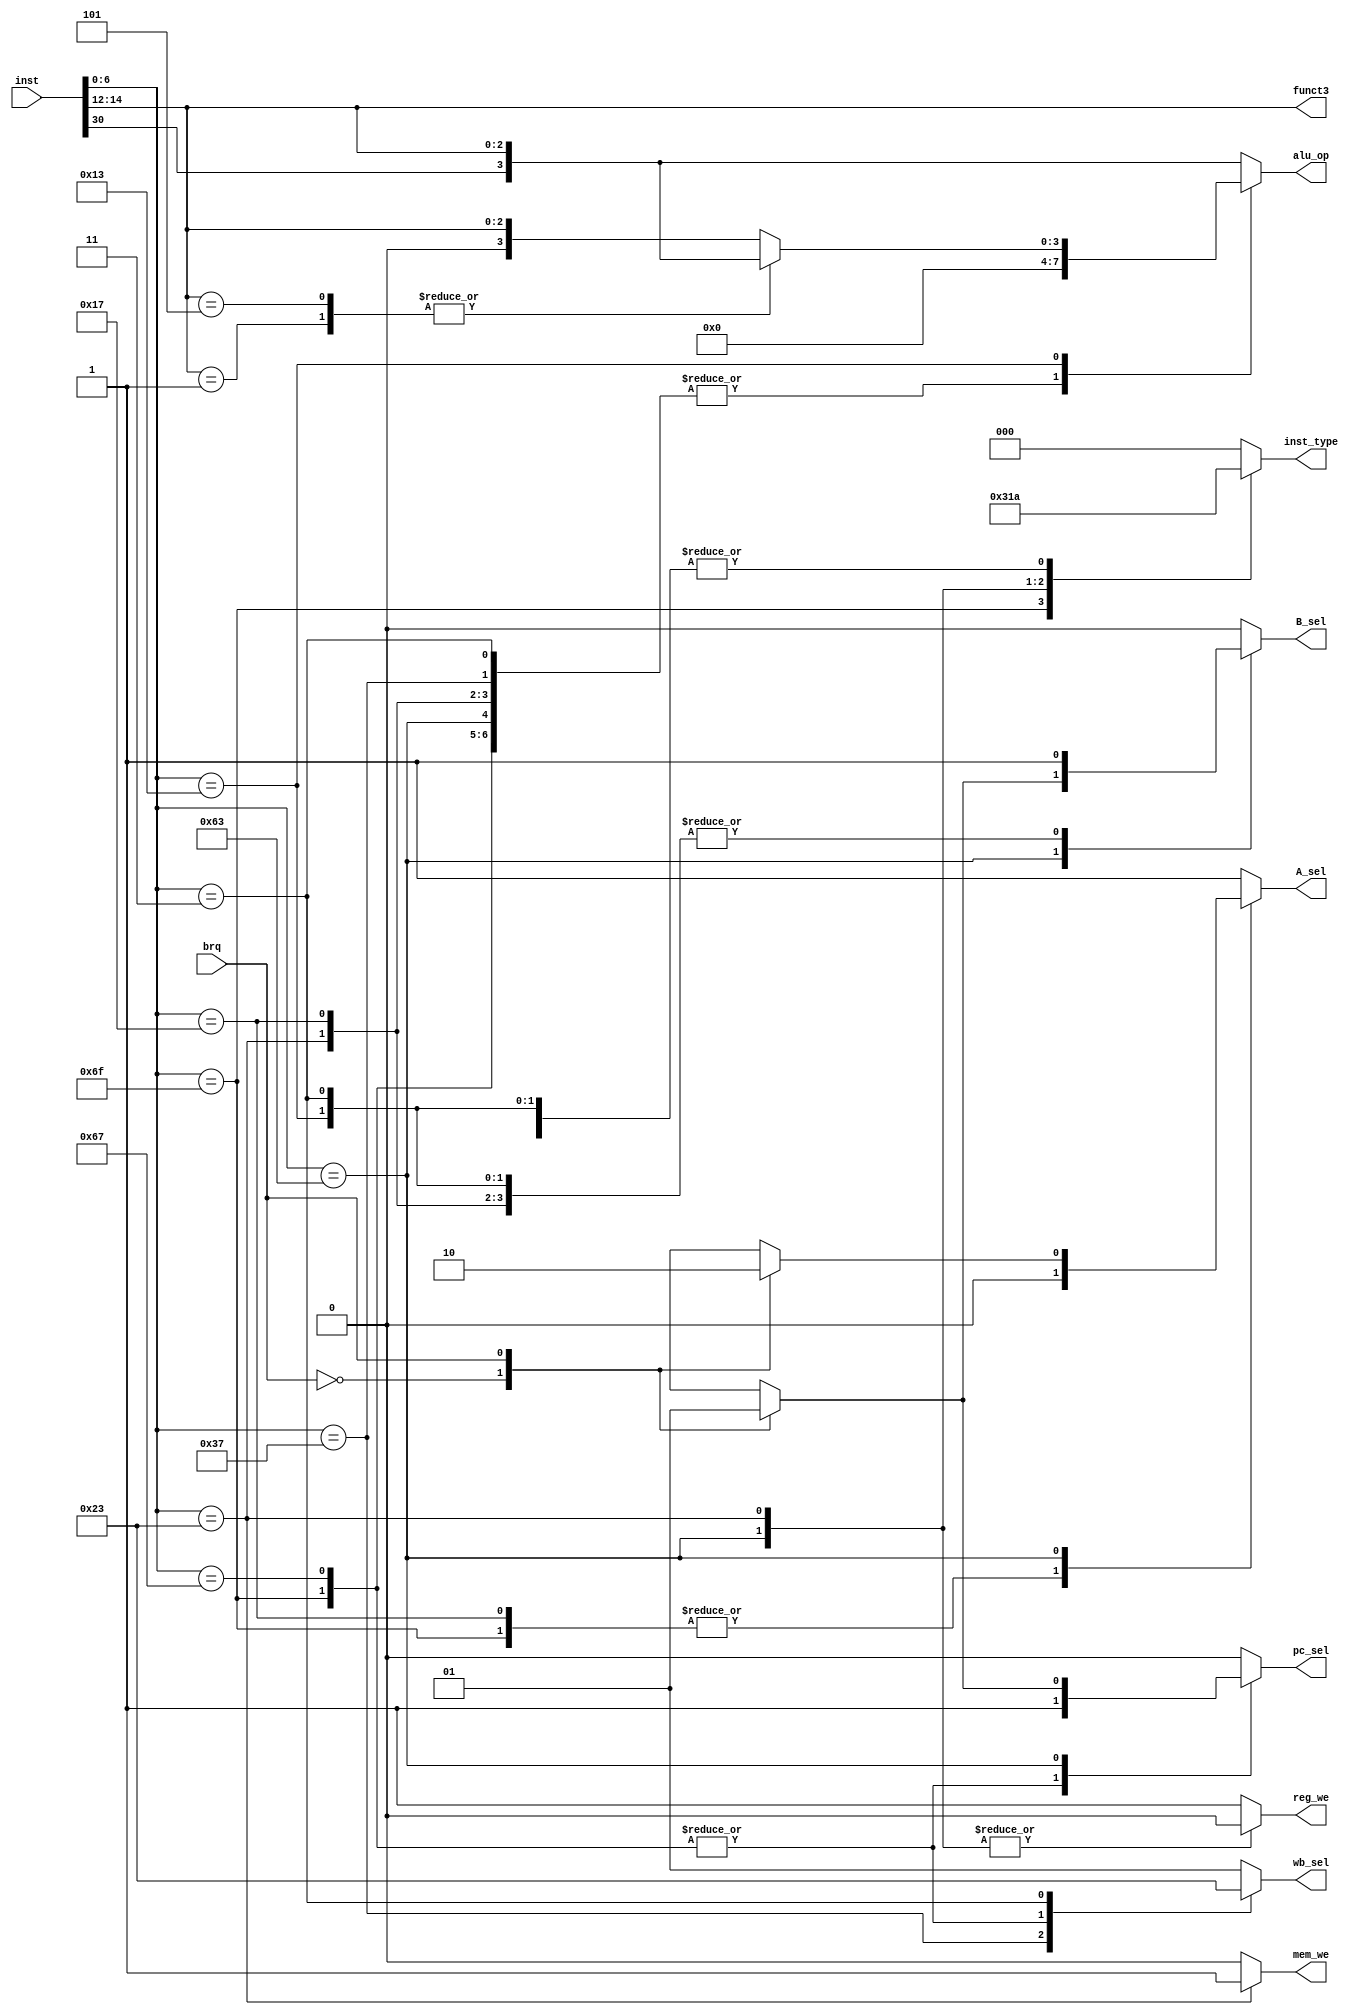
`timescale 1ns / 1ps
//////////////////////////////////////////////////////////////////////////////////
// 
// 
// Design Name:    Control_unit
// Module Name:    Control_unit
// Project Name:   RISCV_RV32I_core
// Target Devices: Nexys 4 DDR
// 
// Description: 
//                        +---------------------+
//                   inst-|                     |-> pc_sel
//                    brq-|                     |-> reg_we
//                        |                     |-> inst_type
//                        |       Control       |-> A_sel
//                        |        unit         |-> B_sel
//                        |                     |-> funct3
//                        |                     |-> alu_op
//                        |                     |-> mem_we
//                        |                     |-> wb_sel
//                        |                     |
//                        +---------------------+
//
// 
// 
// Dependencies: none
// 
// Revision:
// Revision 0.01 - File Created
// Additional Comments:
// 
//////////////////////////////////////////////////////////////////////////////////


module Control_unit(
    input [31:0] inst,
    input brq,

    output reg pc_sel,
    output reg reg_we,
    output reg A_sel,
    output reg B_sel,
    output reg [2:0] inst_type,
    output reg [3:0] alu_op,
    output [2:0] funct3,
    output reg mem_we,
    output reg [1:0] wb_sel
    );

    wire [6:0] op_code;
    assign op_code = inst[6:0];
    assign funct3 = inst[14:12];
    wire funct7b5;
    assign funct7b5 = inst[30];
    //assign alu_op = {inst[30], funct3};

    always @(*) begin
        case (op_code) 
            // lui
            7'b0110111: begin
                            pc_sel    <= 0;
                            reg_we    <= 1;
                            A_sel     <= 1;
                            B_sel     <= 0;
                            inst_type <= 3'd0;
                            alu_op    <= 4'b0000;
                            mem_we    <= 0;
                            wb_sel    <= 2'd2;
                        end

            // auipc
            7'b0010111: begin
                            pc_sel    <= 0;
                            reg_we    <= 1;
                            A_sel     <= 0;
                            B_sel     <= 1;
                            inst_type <= 3'd0;
                            alu_op    <= 4'b0000;
                            mem_we    <= 0;
                            wb_sel    <= 2'd1;
                        end

            // jal
            7'b1101111: begin
                            pc_sel    <= 1;
                            reg_we    <= 1;
                            A_sel     <= 0;
                            B_sel     <= 1;
                            inst_type <= 3'd1;
                            alu_op    <= 4'b0000;
                            mem_we    <= 0;
                            wb_sel    <= 2'd0;
                        end

            // jalr
            7'b1100111: begin
                            pc_sel    <= 1;
                            reg_we    <= 1;
                            A_sel     <= 1;
                            B_sel     <= 1;
                            inst_type <= 3'd2;
                            alu_op    <= 4'b0000;
                            mem_we    <= 0;
                            wb_sel    <= 2'd0;
                        end

            // branch
            7'b1100011: begin
                            case(brq)
                                1'b0:begin
                                        pc_sel    <= 0;
                                        reg_we    <= 0;
                                        A_sel     <= 1;
                                        B_sel     <= 0;
                                        inst_type <= 3'd4;
                                        alu_op    <= 4'b0000;
                                        mem_we    <= 0;
                                        wb_sel    <= 2'd1;
                                    end

                                1'b1:begin
                                        pc_sel    <= 1;
                                        reg_we    <= 0;
                                        A_sel     <= 0;
                                        B_sel     <= 1;
                                        inst_type <= 3'd4;
                                        alu_op    <= 4'b0000;
                                        mem_we    <= 0;
                                        wb_sel    <= 2'd1;
                                    end
                            endcase
                        end

            // load
            7'b0000011: begin
                            pc_sel    <= 0;
                            reg_we    <= 1;
                            A_sel     <= 1;
                            B_sel     <= 1;
                            inst_type <= 3'd2;
                            alu_op    <= 4'b0000;
                            mem_we    <= 0;
                            wb_sel    <= 2'd3;
                        end

            // S-Type
            7'b0100011: begin
                            pc_sel    <= 0;
                            reg_we    <= 0;
                            A_sel     <= 1;
                            B_sel     <= 1;
                            inst_type <= 3'd3;
                            alu_op    <= 4'b0000;
                            mem_we    <= 1;
                            wb_sel    <= 2'd1;
                        end
            // I-Type
            7'b0010011: begin
                            case(funct3)
                                3'b001: begin
                                            pc_sel    <= 0;
                                            reg_we    <= 1;
                                            A_sel     <= 1;
                                            B_sel     <= 1;
                                            inst_type <= 3'd2;
                                            alu_op    <= {funct7b5, funct3};
                                            mem_we    <= 0;
                                            wb_sel    <= 2'd1;
                                        end
                                3'b101: begin
                                            pc_sel    <= 0;
                                            reg_we    <= 1;
                                            A_sel     <= 1;
                                            B_sel     <= 1;
                                            inst_type <= 3'd2;
                                            alu_op    <= {funct7b5, funct3};
                                            mem_we    <= 0;
                                            wb_sel    <= 2'd1;
                                        end
                                default: begin
                                            pc_sel    <= 0;
                                            reg_we    <= 1;
                                            A_sel     <= 1;
                                            B_sel     <= 1;
                                            inst_type <= 3'd2;
                                            alu_op    <= {1'b0, funct3};
                                            mem_we    <= 0;
                                            wb_sel    <= 2'd1;
                                        end
                            endcase
                        end

            // R-Type
            7'b0110011: begin
                            pc_sel    <= 0;
                            reg_we    <= 1;
                            A_sel     <= 1;
                            B_sel     <= 0;
                            inst_type <= 3'd0;
                            alu_op    <= {funct7b5, funct3};
                            mem_we    <= 0;
                            wb_sel    <= 2'd1;
                        end

            default: begin
                            pc_sel    <= 0;
                            reg_we    <= 1;
                            A_sel     <= 1;
                            B_sel     <= 0;
                            inst_type <= 3'd0;
                            alu_op    <= {funct7b5, funct3};
                            mem_we    <= 0;
                            wb_sel    <= 2'd1;
                        end
        endcase
    end

endmodule